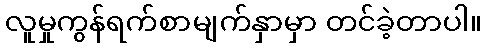
လူမှုကွန်ရက်စာမျက်နှာမှာ တင်ခဲ့တာပါ။